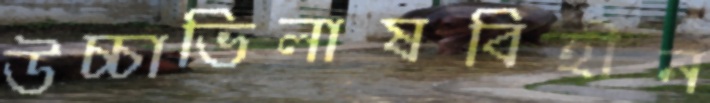
উচ্চাভিলাষবিহীন